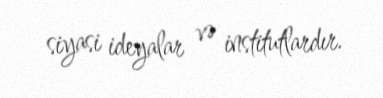
siyasi ideyalar və institutlardır.